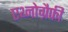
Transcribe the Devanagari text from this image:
एथ्नोग्रैफी